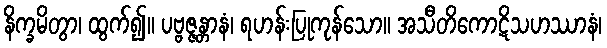
နိက္ခမိတွာ၊ ထွက်၍။ ပဗ္ဗဇ္ဇန္တာနံ၊ ရဟန်းပြုကုန်သော။ အသီတိကောဋိသဟဿာနံ၊